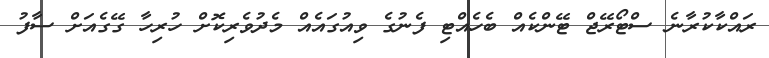
ރައްކާކުރާނެ ސްޓޯރޭޖް ޓޭންކެއް ބެހެއްޓި ފެނުގެ ވިއުގައެއް މެދުވެރިކޮށް ހުރިހާ ގޭގެއަށް ސާފު